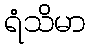
ရံသိမာ